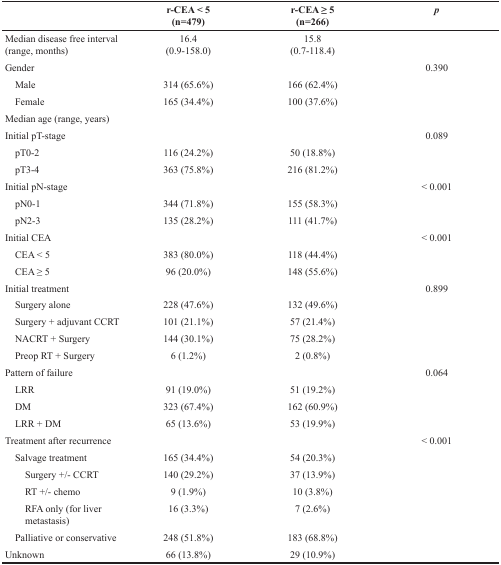
<table><thead><tr><td></td><td><b>r-CEA &lt; 5 (n=479)</b></td><td><b>r-CEA ≥ 5 (n=266)</b></td><td><b><i>p</i></b></td></tr></thead><tbody><tr><td>Median disease free interval (range, months)</td><td>16.4 (0.9-158.0)</td><td>15.8 (0.7-118.4)</td><td></td></tr><tr><td>Gender</td><td></td><td></td><td>0.390</td></tr><tr><td> Male</td><td>314 (65.6%)</td><td>166 (62.4%)</td><td></td></tr><tr><td> Female</td><td>165 (34.4%)</td><td>100 (37.6%)</td><td></td></tr><tr><td>Median age (range, years)</td><td></td><td></td><td></td></tr><tr><td>Initial pT-stage</td><td></td><td></td><td>0.089</td></tr><tr><td> pT0-2</td><td>116 (24.2%)</td><td>50 (18.8%)</td><td></td></tr><tr><td> pT3-4</td><td>363 (75.8%)</td><td>216 (81.2%)</td><td></td></tr><tr><td>Initial pN-stage</td><td></td><td></td><td>&lt; 0.001</td></tr><tr><td> pN0-1</td><td>344 (71.8%)</td><td>155 (58.3%)</td><td></td></tr><tr><td> pN2-3</td><td>135 (28.2%)</td><td>111 (41.7%)</td><td></td></tr><tr><td>Initial CEA</td><td></td><td></td><td>&lt; 0.001</td></tr><tr><td> CEA &lt; 5</td><td>383 (80.0%)</td><td>118 (44.4%)</td><td></td></tr><tr><td> CEA ≥ 5</td><td>96 (20.0%)</td><td>148 (55.6%)</td><td></td></tr><tr><td>Initial treatment</td><td></td><td></td><td>0.899</td></tr><tr><td> Surgery alone</td><td>228 (47.6%)</td><td>132 (49.6%)</td><td></td></tr><tr><td> Surgery + adjuvant CCRT</td><td>101 (21.1%)</td><td>57 (21.4%)</td><td></td></tr><tr><td> NACRT + Surgery</td><td>144 (30.1%)</td><td>75 (28.2%)</td><td></td></tr><tr><td> Preop RT + Surgery</td><td>6 (1.2%)</td><td>2 (0.8%)</td><td></td></tr><tr><td>Pattern of failure</td><td></td><td></td><td>0.064</td></tr><tr><td> LRR</td><td>91 (19.0%)</td><td>51 (19.2%)</td><td></td></tr><tr><td> DM</td><td>323 (67.4%)</td><td>162 (60.9%)</td><td></td></tr><tr><td> LRR + DM</td><td>65 (13.6%)</td><td>53 (19.9%)</td><td></td></tr><tr><td>Treatment after recurrence</td><td></td><td></td><td>&lt; 0.001</td></tr><tr><td> Salvage treatment</td><td>165 (34.4%)</td><td>54 (20.3%)</td><td></td></tr><tr><td>Surgery +/− CCRT</td><td>140 (29.2%)</td><td>37 (13.9%)</td><td></td></tr><tr><td>RT +/− chemo</td><td>9 (1.9%)</td><td>10 (3.8%)</td><td></td></tr><tr><td>RFA only (for liver metastasis)</td><td>16 (3.3%)</td><td>7 (2.6%)</td><td></td></tr><tr><td> Palliative or conservative</td><td>248 (51.8%)</td><td>183 (68.8%)</td><td></td></tr><tr><td>Unknown</td><td>66 (13.8%)</td><td>29 (10.9%)</td><td></td></tr></tbody></table>